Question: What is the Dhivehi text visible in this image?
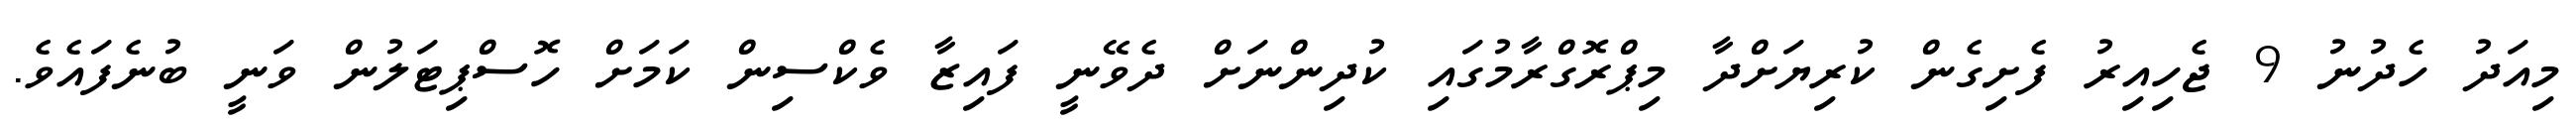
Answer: މިއަދު ހެދުނު 9 ޖެހިއިރު ފެށިގެން ކުރިޔަށްދާ މިޕްރޮގްރާމުގައި ކުދިންނަށް ދެވޭނީ ފައިޒާ ވެކްސިން ކަމަށް ހޮސްޕިޓަލުން ވަނީ ބުނެފައެވެ.